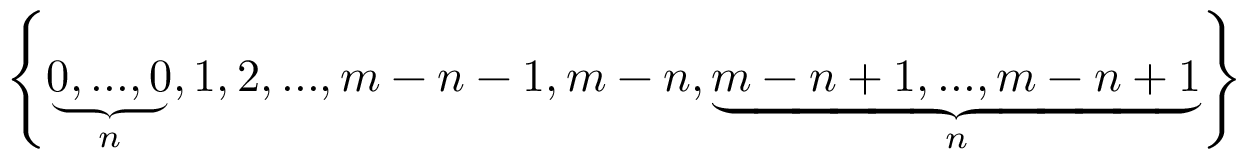
\left\{ \underbrace { 0 , . . . , 0 } _ { n } , 1 , 2 , . . . , m - n - 1 , m - n , \underbrace { m - n + 1 , . . . , m - n + 1 } _ { n } \right\}